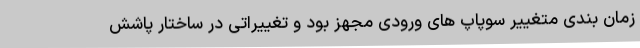
زمان بندی متغییر سوپاپ های ورودی مجهز بود و تغییراتی در ساختار پاشش